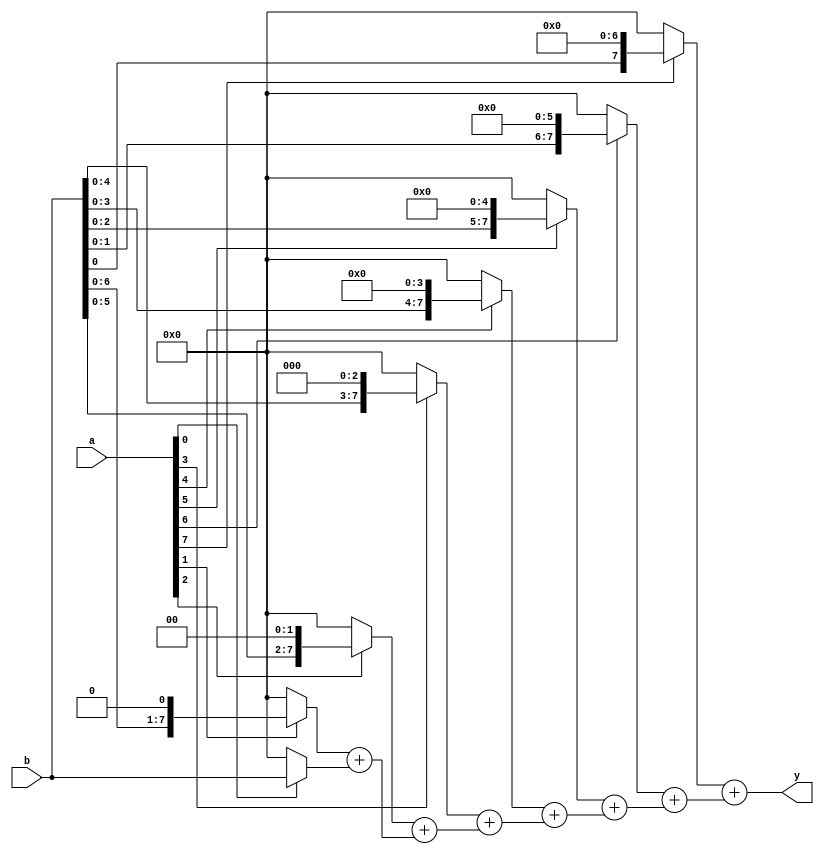
module array_multiplier(a, b, y);

parameter width = 8;
input [width-1:0] a, b;
output [width-1:0] y;

wire [width*width-1:0] partials;

genvar i;
assign partials[width-1 : 0] = a[0] ? b : 0;
generate for (i = 1; i < width; i = i+1) begin:gen
    assign partials[width*(i+1)-1 : width*i] = (a[i] ? b << i : 0) +
                                   partials[width*i-1 : width*(i-1)];
end endgenerate

assign y = partials[width*width-1 : width*(width-1)];

endmodule

module array_multiplier_tb;

reg [31:0] a, b;
wire [31:0] y;

array_multiplier #(
	.width(32)
) uut (
	.a(a),
	.b(b),
	.y(y)
); 

reg [31:0] xrnd = 1;
task xorshift32;
begin
	xrnd = xrnd ^ (xrnd << 13);
	xrnd = xrnd ^ (xrnd >> 17);
	xrnd = xrnd ^ (xrnd <<  5);
end endtask

integer i;
initial begin
	// $dumpfile("array_multiplier_tb.vcd");
	// $dumpvars(0, array_multiplier_tb);

	for (i = 0; i < 100; i = i+1)
	begin
		#10;

		xorshift32;
		a <= xrnd;
		xorshift32;
		b <= xrnd;

		#10;

		$display("%d * %d = %d (%d)", a, b, y, a*b);
		if (y != a*b) begin
			$display("ERROR!");
			$finish;
		end
	end
	$display("PASSED.");
end

endmodule